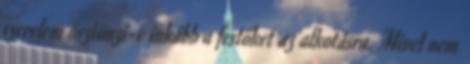
szerelem ösztönzi-e inkább a festőket az alkotásra. Mivel nem